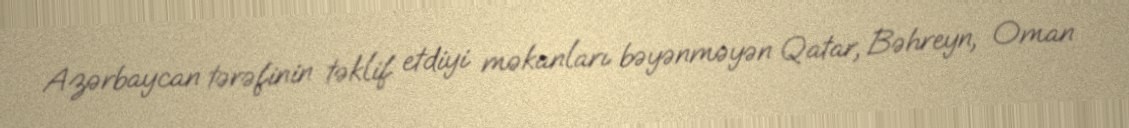
Azərbaycan tərəfinin təklif etdiyi məkanları bəyənməyən Qatar, Bəhreyn, Oman